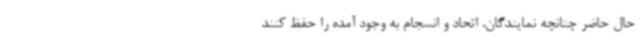
حال حاضر چنانچه نمایندگان، اتحاد و انسجام به وجود آمده را حفظ کنند